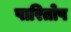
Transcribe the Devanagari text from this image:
पारितोष